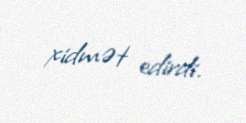
xidmət edirdi.